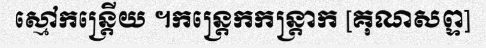
ស្មៅកន្ត្រើយ ។កន្ត្រេកកន្ត្រាក [គុណសព្ទ]